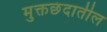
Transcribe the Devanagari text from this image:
मुक्तछंदातील